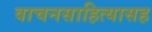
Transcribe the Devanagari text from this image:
वाचनसाहित्यासह